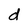
Character: d